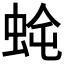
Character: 𮔈